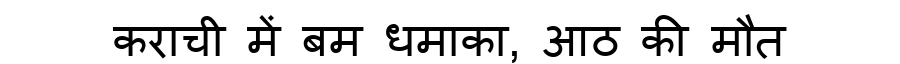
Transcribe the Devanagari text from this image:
कराची में बम धमाका, आठ की मौत